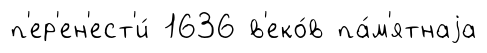
п'ер'ен'ест'и́ 1636 в'еко́в па́м'ятнаjа